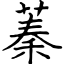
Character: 蓁